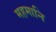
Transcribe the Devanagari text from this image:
महमानि